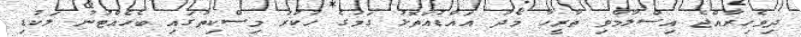
ދިވެހިރާއްޖެ އިސްލާމްވި ތާރީހާ މެދު އައްޑުއަތޮޅު ގަމުގެ ހުކުރު މިސްކިތުގައި ބެހެއްޓުނު ލަކުޑި